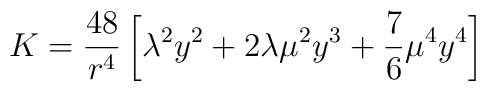
K = \frac{48}{r^4} \left[ \lambda^2 y^2 + 2 \lambda \mu^2 y^3 +\frac{7}{6} \mu^4 y^4 \right]